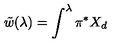
\tilde { w } ( \lambda ) = \int ^ { \lambda } \pi ^ { * } X _ { d }